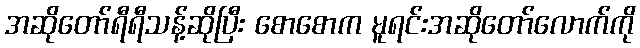
အဆိုတော်ရီရီသန့်ဆိုပြီး စောစောက မူရင်းအဆိုတော်လောက်ကို